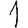
Digit: 1